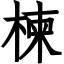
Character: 楝